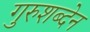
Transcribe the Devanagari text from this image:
गुरुशब्देन